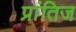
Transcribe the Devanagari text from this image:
प्रांतिज